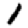
Digit: 1